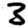
Digit: 3